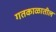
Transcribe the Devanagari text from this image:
गतकाळातील